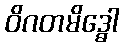
ဝိဂတမိဒ္ဓေါ